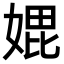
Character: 𭒇